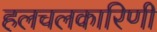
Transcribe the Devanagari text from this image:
हलचलकारिणी